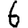
Digit: 6